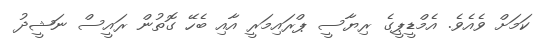
ކަމަށް ވެއެވެ. އެމްޑީޕީގެ ރިޔާސީ ޕްރައިމަރީ އާއި ބެހޭ ގޮތުން ރައީސް ނަޝީދު